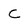
Character: c